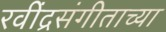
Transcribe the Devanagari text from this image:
रवींद्रसंगीताच्या